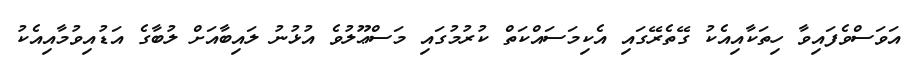
އަވަސްވެފައިވާ ހިތަކާއިއެކު ގޭތެރޭގައި އެކިމަސައްކަތް ކުރުމުގައި މަސްޢޫލުވެ އުޅުނު ލައިބާއަށް ލުބާގެ އަޑުއިވުމާއިއެކު